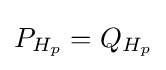
P_{H_{p}}=Q_{H_{p}}